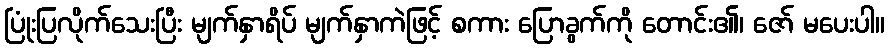
ပြုံးပြလိုက်သေးပြီး မျက်နှာရိပ် မျက်နှာကဲဖြင့် စကား ပြောခွက်ကို တောင်း၏၊ ဇော် မပေးပါ။